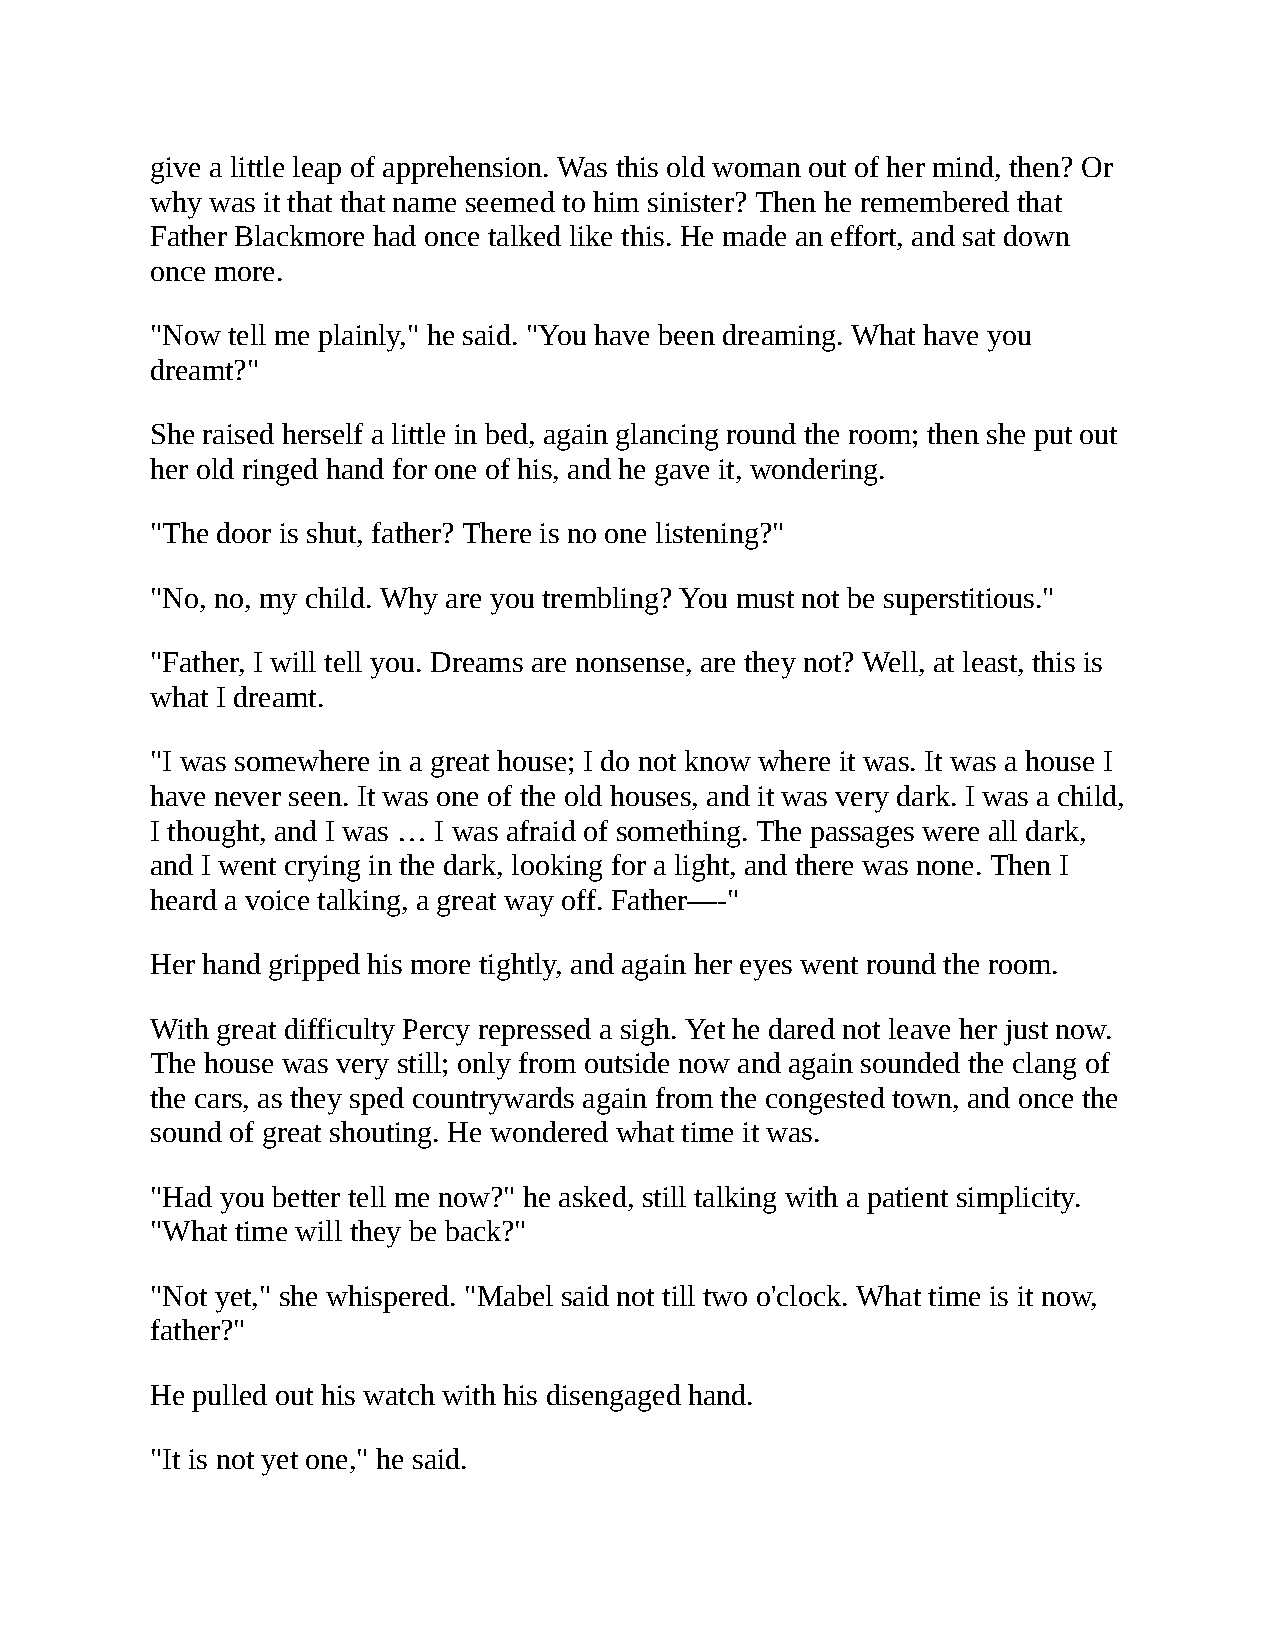
give a little leap of apprehension. Was this old woman out of her mind, then? Or
 why was it that that name seemed to him sinister? Then he remembered that
 Father Blackmore had once talked like this. He made an effort, and sat down
 once more.
 "Now tell me plainly," he said. "You have been dreaming. What have you
 dreamt?"
 She raised herself a little in bed, again glancing round the room; then she put out
 her old ringed hand for one of his, and he gave it, wondering.
 "The door is shut, father? There is no one listening?"
 "No, no, my child. Why are you trembling? You must not be superstitious."
 "Father, I will tell you. Dreams are nonsense, are they not? Well, at least, this is
 what I dreamt.
 "I was somewhere in a great house; I do not know where it was. It was a house I
 have never seen. It was one of the old houses, and it was very dark. I was a child,
 I thought, and I was … I was afraid of something. The passages were all dark,
 and I went crying in the dark, looking for a light, and there was none. Then I
 heard a voice talking, a great way off. Father—-"
 Her hand gripped his more tightly, and again her eyes went round the room.
 With great difficulty Percy repressed a sigh. Yet he dared not leave her just now.
 The house was very still; only from outside now and again sounded the clang of
 the cars, as they sped countrywards again from the congested town, and once the
 sound of great shouting. He wondered what time it was.
 "Had you better tell me now?" he asked, still talking with a patient simplicity.
 "What time will they be back?"
 "Not yet," she whispered. "Mabel said not till two o'clock. What time is it now,
 father?"
 He pulled out his watch with his disengaged hand.
 "It is not yet one," he said.